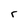
Character: r